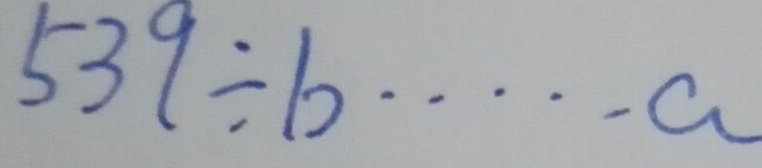
5 3 9 \div b \cdots a